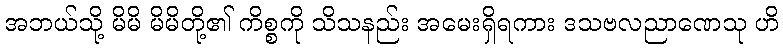
အဘယ်သို့ မိမိ မိမိတို့၏ ကိစ္စကို သိသနည်း အမေးရှိရကား ဒသဗလညာဏေသု ဟိ